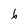
Character: 6